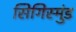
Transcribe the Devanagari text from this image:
सिगिस्मुंड